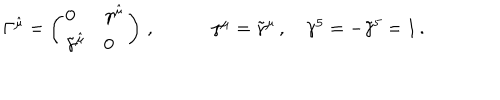
LaTeX: \begin{array} { c c c } { { \Gamma ^ { \hat { \mu } } = \left( \begin{array} { l l } { { 0 } } & { { \gamma ^ { \hat { \mu } } } } \\ { { \tilde { \gamma } ^ { \hat { \mu } } } } & { { 0 } } \\ \end{array} \right) \, , ~ } } & { { ~ \gamma ^ { \mu } = \tilde { \gamma } ^ { \mu } \, , ~ \gamma ^ { 5 } = - \tilde { \gamma } ^ { 5 } = 1 \, . } } \\ \end{array}